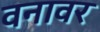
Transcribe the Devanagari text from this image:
वनावर